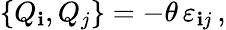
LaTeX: \{ Q_{\mathbf{i}},Q_{j}\} =-\theta\, \varepsilon_{\mathbf{i}j}\, ,